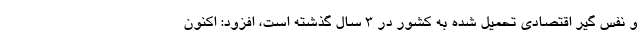
و نفس گیر اقتصادی تحمیل شده به کشور در ۳ سال گذشته است، افزود: اکنون